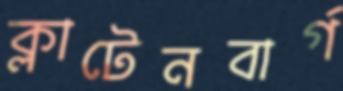
ক্লাটেনবার্গ